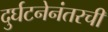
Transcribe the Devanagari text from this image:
दुर्घटनेनंतरची